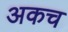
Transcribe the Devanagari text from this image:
अकच